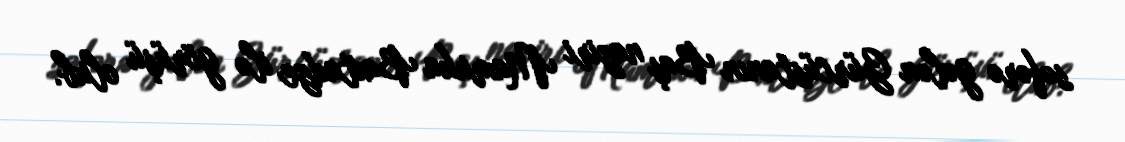
səfərə gələn Gürcüstanın Baş naziri Mamuka Baxtadze ilə görüşü olub.